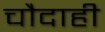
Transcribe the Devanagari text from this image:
चौदाही